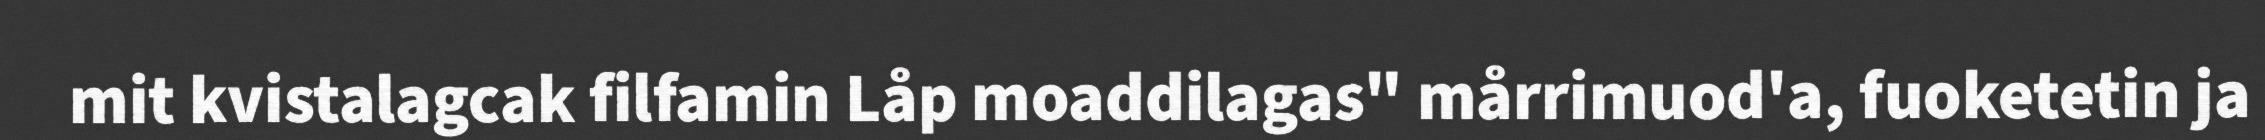
mit kvistalagcak filfamin Låp moaddilagas" mårrimuod'a, fuoketetin ja